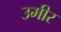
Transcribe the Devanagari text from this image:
उमीर